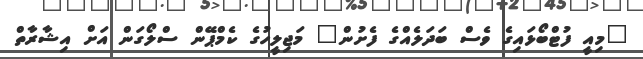
"މިއީ ފުޓްބޯޅައިގެ ވެސް ބަދަލެއްގެ ފެށުން" މަޖިލީހުގެ ކެމްޕޭން ސްލޯގަން އަށް އިޝާރާތް